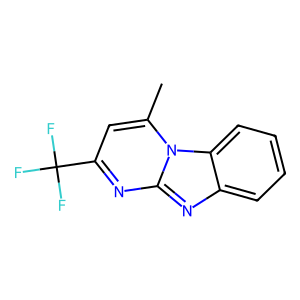
SMILES: Cc1cc(C(F)(F)F)nc2nc3ccccc3n12
Inhibits HIV replication: No